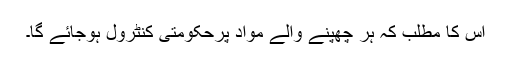
اس کا مطلب کہ ہر چھپنے والے مواد پرحکومتی کنٹرول ہوجائے گا۔